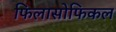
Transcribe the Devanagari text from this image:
फिलासोफिकल